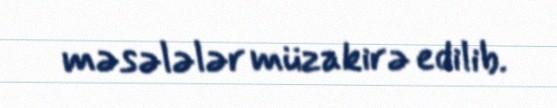
məsələlər müzakirə edilib.